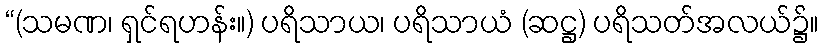
“(သမဏ၊ ရှင်ရဟန်း။) ပရိသာယ၊ ပရိသာယံ (ဆဋ္ဌ) ပရိသတ်အလယ်၌။